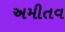
અમીતવ